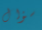
سؤال